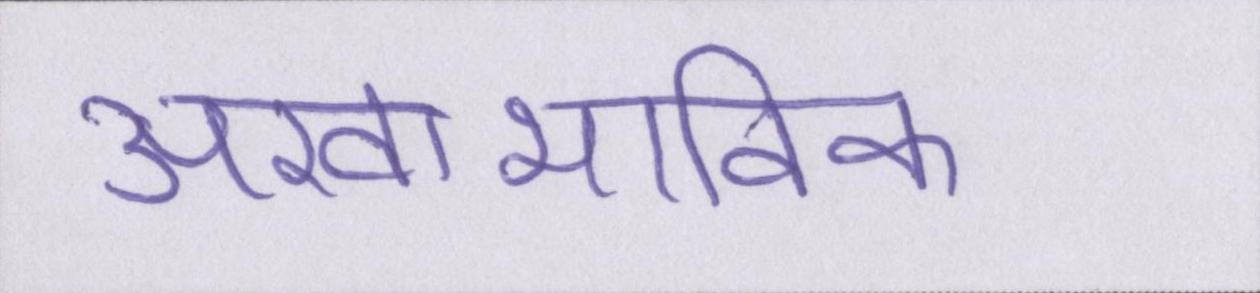
अस्वाभाविक